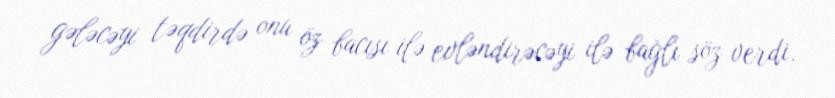
gələcəyi təqdirdə onu öz bacısı ilə evləndirəcəyi ilə bağlı söz verdi.